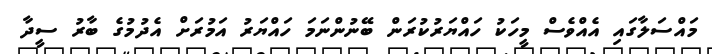
މައްސަލާގައި އެއްވެސް މީހަކު ހައްޔަރުކުރަން ބޭނުންނަމަ ހައްޔަރު އަމުރަށް އެދުމުގެ ބާރު ސީދާ